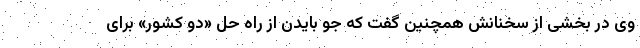
وی در بخشی از سخنانش همچنین گفت که جو بایدن از راه حل «دو کشور» برای